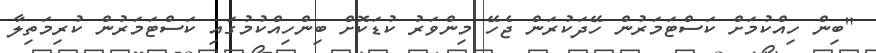
"ބިން ހިއްކުމަށް ކަސްޓަމަރުން ހޭދަކުރަން ޖެހޭ މިންވަރު ކުޑަކޮށް ބިންހިއްކުމުގައި ކަސްޓަމަރުން ކުރިމަތިލާ